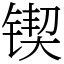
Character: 锲